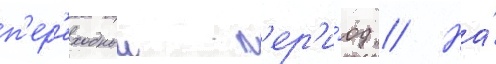
п'ер'еходныи п'ер'и́од // На́